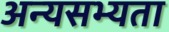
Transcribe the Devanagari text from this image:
अन्यसभ्यता